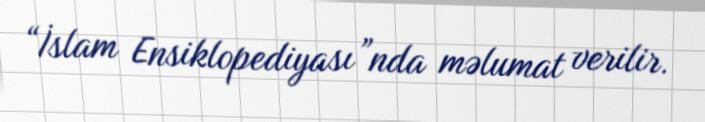
“İslam Ensiklopediyası”nda məlumat verilir.